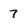
Character: 7